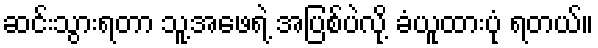
ဆင်းသွားရတာ သူ့အဖေရဲ့ အပြစ်ပဲလို့ ခံယူထားပုံ ရတယ်။